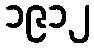
၁၉၁၂